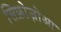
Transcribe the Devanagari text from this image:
सिफ़ोज़ोआ